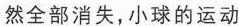
然全部消失，小球的运动